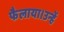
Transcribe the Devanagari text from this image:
फैलाया।उन्हें